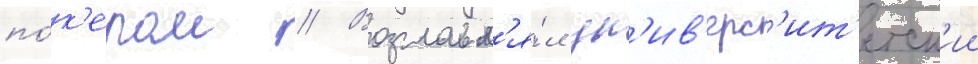
по́к'ером // Возглавл'я́л ун'ив'ерс'ит'етск'ии